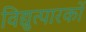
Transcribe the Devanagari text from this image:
विद्युत्पारकों